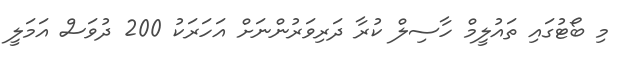
މި ބޯޓުގައި ތައުލީމް ހާސިލް ކުރާ ދަރިވަރުންނަށް އަހަރަކު 200 ދުވަސް އަމަލީ